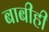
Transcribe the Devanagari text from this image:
बाबीही